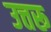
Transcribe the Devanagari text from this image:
उत्तरू